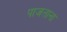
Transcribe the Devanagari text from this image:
पाजताना